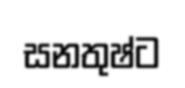
සනතුෂ්ට